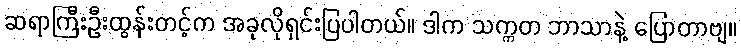
ဆရာကြီးဦးထွန်းတင့်က အခုလိုရှင်းပြပါတယ်။ ဒါက သက္ကတ ဘာသာနဲ့ ပြောတာဗျ။